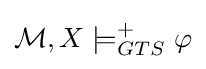
{\mathcal {M}},X\models _{GTS}^{+}\varphi